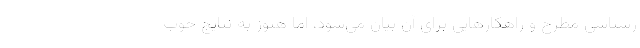
رشناسی مطرح و راهکارهایی برای آن بیان می‌شود، اما هنوز به نتایج خوب